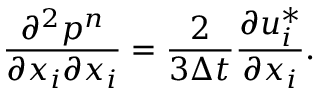
\frac { \partial ^ { 2 } p ^ { n } } { \partial x _ { i } \partial x _ { i } } = \frac { 2 } { 3 \Delta t } \frac { \partial u _ { i } ^ { * } } { \partial x _ { i } } .